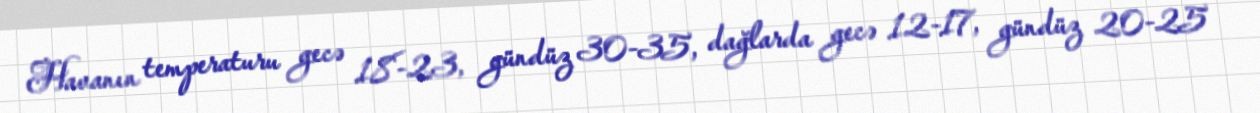
Havanın temperaturu gecə 18-23, gündüz 30-35, dağlarda gecə 12-17, gündüz 20-25